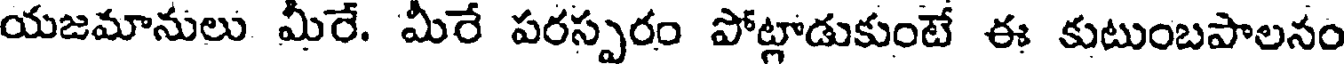
యజమానులు మీరే. మీరే పరస్పరం పోట్లాడుకుంటే ఈ కుటుంబపాలనం